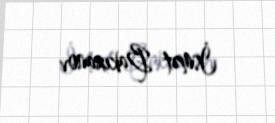
İsmət Bakıxanov